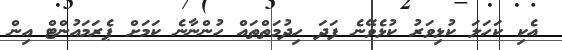
އެކި ކަހަލަ ކުޅިވަރު ކުޅެވޭނެ ފަދަ ހިދުމަތްތައް ހުންނާނެ ކަމަށް ޕެރަމައުންޓް އިން